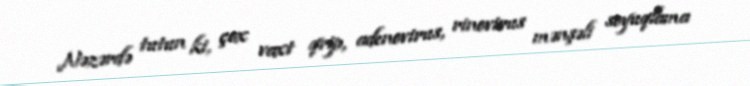
Nəzərdə tutun ki, çox vaxt qrip, adenovirus, rinovirus mənşəli soyuqlama